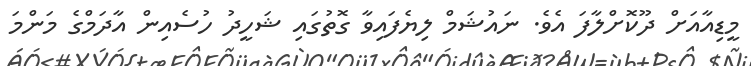
މީޑިއާއަށް ދޫކޮށްލާފަ އެވެ. ނައުޝަމް ލިޔެފައިވާ ގޮތުގައި ޝަހީދު ހުސެއިން އާދަމްގެ މަންމަ